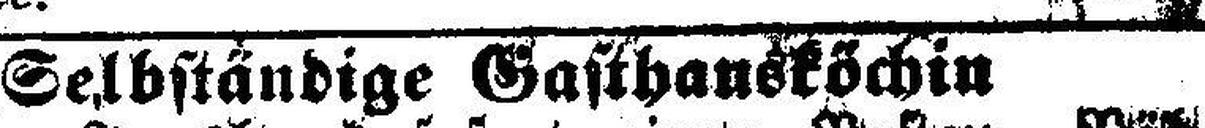
Selbständige Gasthansköchin